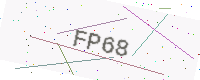
Text: FP68